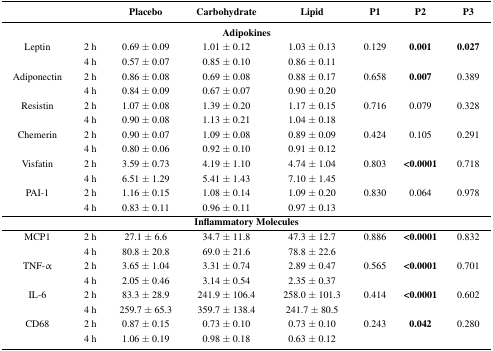
<table><thead><tr><td></td><td></td><td><b>Placebo</b></td><td><b>Carbohydrate</b></td><td><b>Lipid</b></td><td><b>P1</b></td><td><b>P2</b></td><td><b>P3</b></td></tr></thead><tbody><tr><td colspan="8"><b>Adipokines</b></td></tr><tr><td>Leptin</td><td>2 h</td><td>0.69 ± 0.09</td><td>1.01 ± 0.12</td><td>1.03 ± 0.13</td><td>0.129</td><td><b>0.001</b></td><td><b>0.027</b></td></tr><tr><td></td><td>4 h</td><td>0.57 ± 0.07</td><td>0.85 ± 0.10</td><td>0.86 ± 0.11</td><td></td><td></td><td></td></tr><tr><td>Adiponectin</td><td>2 h</td><td>0.86 ± 0.08</td><td>0.69 ± 0.08</td><td>0.88 ± 0.17</td><td>0.658</td><td><b>0.007</b></td><td>0.389</td></tr><tr><td></td><td>4 h</td><td>0.84 ± 0.09</td><td>0.67 ± 0.07</td><td>0.90 ± 0.20</td><td></td><td></td><td></td></tr><tr><td>Resistin</td><td>2 h</td><td>1.07 ± 0.08</td><td>1.39 ± 0.20</td><td>1.17 ± 0.15</td><td>0.716</td><td>0.079</td><td>0.328</td></tr><tr><td></td><td>4 h</td><td>0.90 ± 0.08</td><td>1.13 ± 0.21</td><td>1.04 ± 0.18</td><td></td><td></td><td></td></tr><tr><td>Chemerin</td><td>2 h</td><td>0.90 ± 0.07</td><td>1.09 ± 0.08</td><td>0.89 ± 0.09</td><td>0.424</td><td>0.105</td><td>0.291</td></tr><tr><td></td><td>4 h</td><td>0.80 ± 0.06</td><td>0.92 ± 0.10</td><td>0.91 ± 0.12</td><td></td><td></td><td></td></tr><tr><td>Visfatin</td><td>2 h</td><td>3.59 ± 0.73</td><td>4.19 ± 1.10</td><td>4.74 ± 1.04</td><td>0.803</td><td><b>&lt;0.0001</b></td><td>0.718</td></tr><tr><td></td><td>4 h</td><td>6.51 ± 1.29</td><td>5.41 ± 1.43</td><td>7.10 ± 1.45</td><td></td><td></td><td></td></tr><tr><td>PAI-1</td><td>2 h</td><td>1.16 ± 0.15</td><td>1.08 ± 0.14</td><td>1.09 ± 0.20</td><td>0.830</td><td>0.064</td><td>0.978</td></tr><tr><td></td><td>4 h</td><td>0.83 ± 0.11</td><td>0.96 ± 0.11</td><td>0.97 ± 0.13</td><td></td><td></td><td></td></tr><tr><td colspan="8"><b>Inflammatory Molecules</b></td></tr><tr><td>MCP1</td><td>2 h</td><td>27.1 ± 6.6</td><td>34.7 ± 11.8</td><td>47.3 ± 12.7</td><td>0.886</td><td><b>&lt;0.0001</b></td><td>0.832</td></tr><tr><td></td><td>4 h</td><td>80.8 ± 20.8</td><td>69.0 ± 21.6</td><td>78.8 ± 22.6</td><td></td><td></td><td></td></tr><tr><td>TNF-α</td><td>2 h</td><td>3.65 ± 1.04</td><td>3.31 ± 0.74</td><td>2.89 ± 0.47</td><td>0.565</td><td><b>&lt;0.0001</b></td><td>0.701</td></tr><tr><td></td><td>4 h</td><td>2.05 ± 0.46</td><td>3.14 ± 0.54</td><td>2.35 ± 0.37</td><td></td><td></td><td></td></tr><tr><td>IL-6</td><td>2 h</td><td>83.3 ± 28.9</td><td>241.9 ± 106.4</td><td>258.0 ± 101.3</td><td>0.414</td><td><b>&lt;0.0001</b></td><td>0.602</td></tr><tr><td></td><td>4 h</td><td>259.7 ± 65.3</td><td>359.7 ± 138.4</td><td>241.7 ± 80.5</td><td></td><td></td><td></td></tr><tr><td>CD68</td><td>2 h</td><td>0.87 ± 0.15</td><td>0.73 ± 0.10</td><td>0.73 ± 0.10</td><td>0.243</td><td><b>0.042</b></td><td>0.280</td></tr><tr><td></td><td>4 h</td><td>1.06 ± 0.19</td><td>0.98 ± 0.18</td><td>0.63 ± 0.12</td><td></td><td></td><td></td></tr></tbody></table>